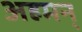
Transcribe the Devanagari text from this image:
अहमन्